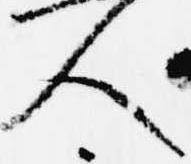
人